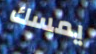
يمسك